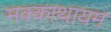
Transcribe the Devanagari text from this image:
मक्काथायम